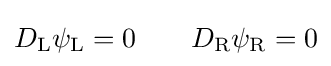
D_{\rm {L}}\psi _{\rm {L}}=0\qquad D_{\rm {R}}\psi _{\rm {R}}=0